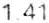
1.41